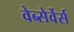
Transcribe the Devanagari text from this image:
वेब्सेर्वेर्स